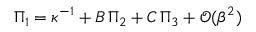
\Pi _ { 1 } = \kappa ^ { - 1 } + B \, \Pi _ { 2 } + C \, \Pi _ { 3 } + \mathcal { O } ( \beta ^ { 2 } )